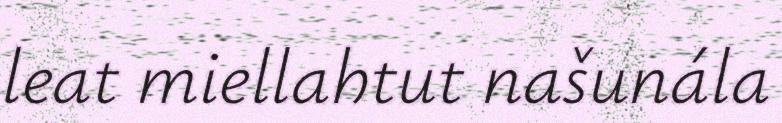
leat miellahtut našunála